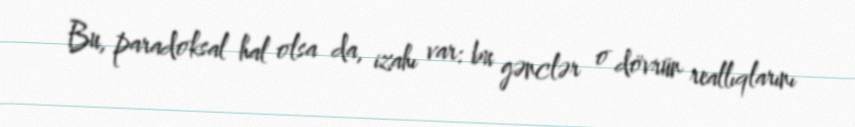
Bu, paradoksal hal olsa da, izahı var: bu gənclər o dövrün reallıqlarını